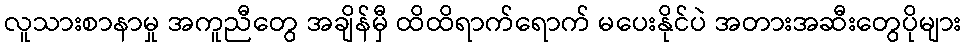
လူသားစာနာမှု အကူညီတွေ အချိန်မှီ ထိထိရာက်ရောက် မပေးနိုင်ပဲ အတားအဆီးတွေပိုများ